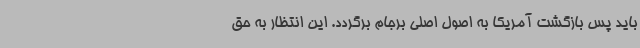
باید پس بازگشت آمریکا به اصول اصلی برجام برگردد. این انتظار به حق